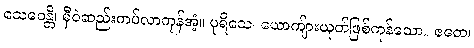
သေဝေန္တိ၊ မှီဝဲဆည်းကပ်လာကုန်အံ့။ ပုရိသေ၊ ယောကျ်ားယုတ်ဖြစ်ကုန်သော။ ဧတေ၊